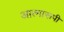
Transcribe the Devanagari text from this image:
आत्मारूपी